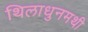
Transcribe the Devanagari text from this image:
थिलाधुनमथी